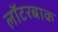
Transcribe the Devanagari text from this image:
लॉटरबाक